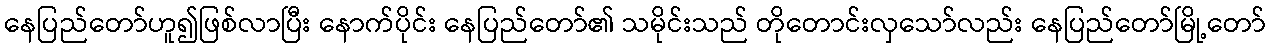
နေပြည်တော်ဟူ၍ဖြစ်လာပြီး နောက်ပိုင်း နေပြည်တော်၏ သမိုင်းသည် တိုတောင်းလှသော်လည်း နေပြည်တော်မြို့တော်